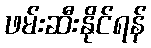
ဖမ်းဆီးနိုင်ရန်